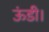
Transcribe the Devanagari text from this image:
ऊंडी।